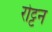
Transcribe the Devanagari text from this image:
रोट्टन